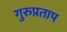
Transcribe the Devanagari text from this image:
गुरुप्रताप